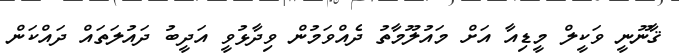
ޤާނޫނީ ވަކީލް މީޑިއާ އަށް މައުލޫމާތު ދެއްވަމުން ވިދާޅުވީ އަދީބު ދައުލަތައް ދައްކަން